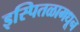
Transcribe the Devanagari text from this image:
इस्पितळामधून